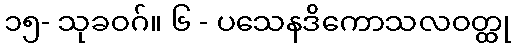
၁၅- သုခဝဂ်။ ၆ - ပသေနဒိကောသလဝတ္ထု